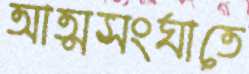
আত্মসংঘাতে